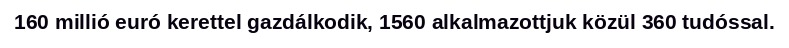
160 millió euró kerettel gazdálkodik, 1560 alkalmazottjuk közül 360 tudóssal.